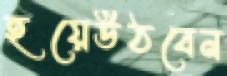
হয়েউঠবেন